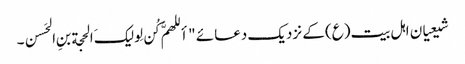
شیعیان اہل بیت(ع) کے نزدیک دعائے "أللهمَّ کُن لِولیکَ الحجة بنِ الحَسن۔